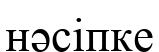
нәсіпке